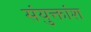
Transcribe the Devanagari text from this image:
संयुक्तांश